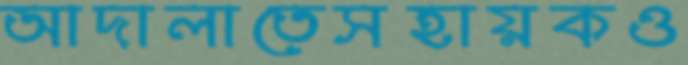
আদালাতেসহায়কও